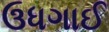
ઉધગાઈ